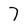
Character: 7